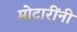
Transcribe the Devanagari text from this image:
मोटारींनी